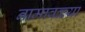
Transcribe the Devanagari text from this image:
नामावळ्या